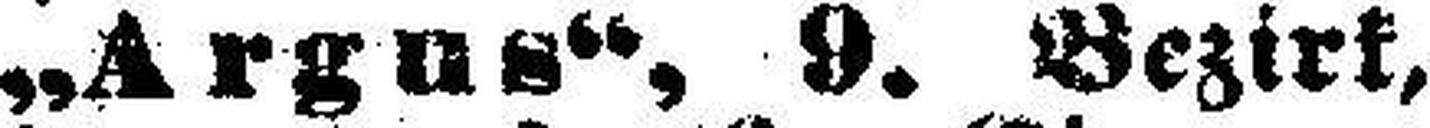
„Argus“, 9. Bezirk,